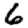
Digit: 6